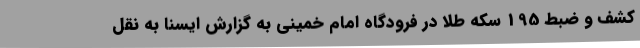
کشف و ضبط 195 سکه طلا در فرودگاه امام خمینی به گزارش ایسنا به نقل